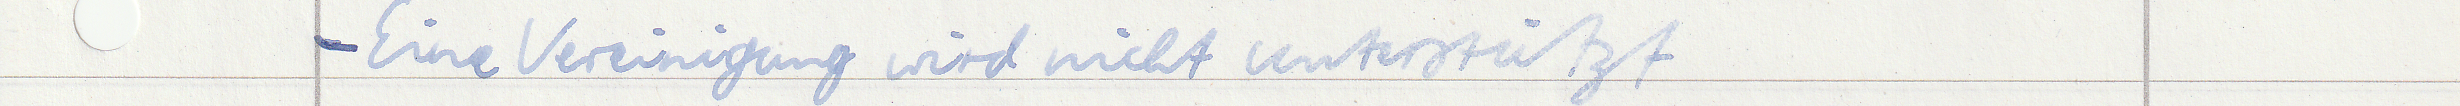
- Eine Vereinigung wird nicht unterstützt